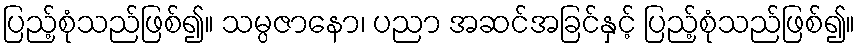
ပြည့်စုံသည်ဖြစ်၍။ သမ္ပဇာနော၊ ပညာ အဆင်အခြင်နှင့် ပြည့်စုံသည်ဖြစ်၍။